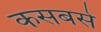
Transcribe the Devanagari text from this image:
कसबसे